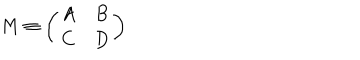
LaTeX: M \equiv \left( \begin{array} { c c } { { A } } & { { B } } \\ { { C } } & { { D } } \\ \end{array} \right)